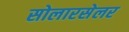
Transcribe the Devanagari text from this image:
सोलारसेलर